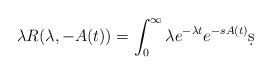
LaTeX: \begin{align*}\lambda R(\lambda, -A(t)) = \int_0^{\infty} \lambda e^{-\lambda t} e^{-s A(t)} \d s\end{align*}